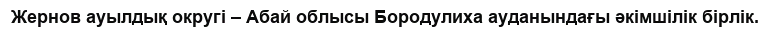
Жернов ауылдық округі – Абай облысы Бородулиха ауданындағы әкімшілік бірлік.